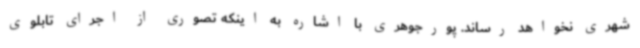
شهری نخواهد رساند. پورجوهری با اشاره به اینکه تصوری از اجرای تابلوی